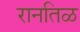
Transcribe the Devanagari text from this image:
रानतिळ